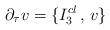
LaTeX: \begin{align*}\partial_{\tau} v = \{ I_3^{cl} \, , \, v \}\end{align*}